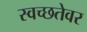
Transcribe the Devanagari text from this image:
स्वच्छतेवर